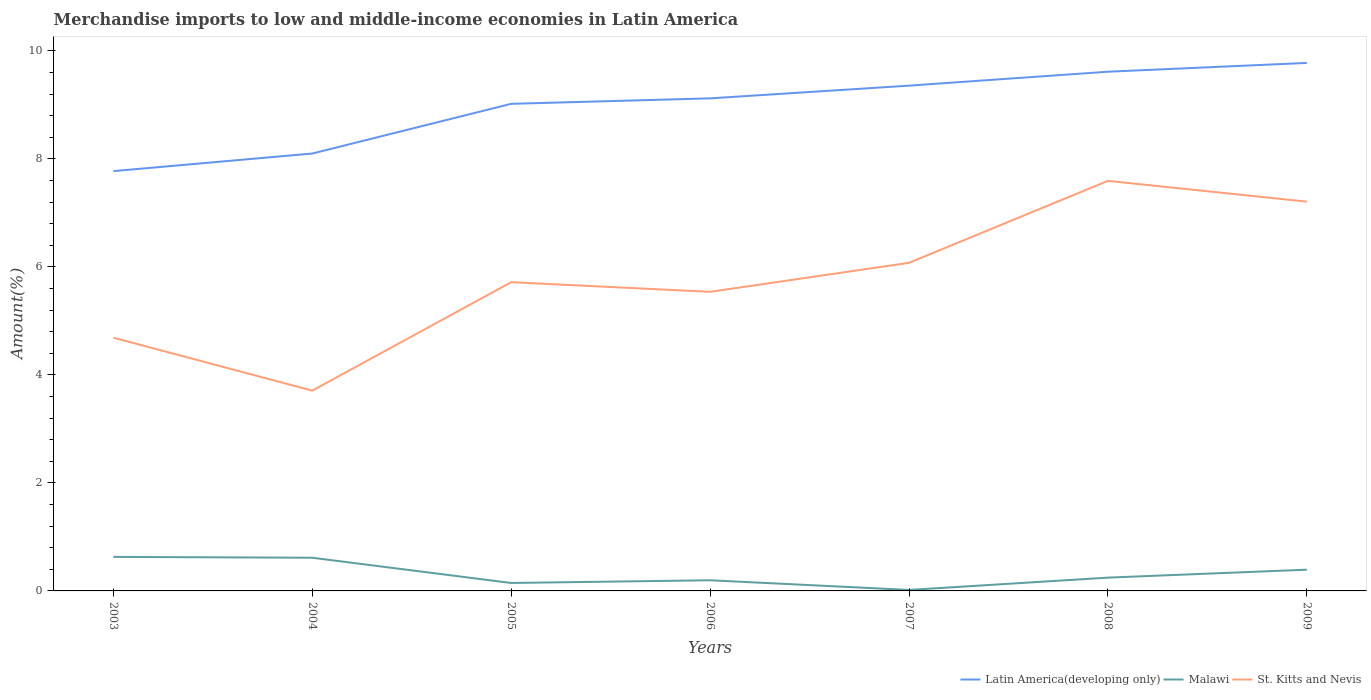
| Years | Latin America(developing only) | Malawi | St. Kitts and Nevis |
 | --- | --- | --- | --- |
 | 2003 | 7.77 | 0.63 | 4.69 |
 | 2004 | 8.1 | 0.614 | 3.71 |
 | 2005 | 9.02 | 0.147 | 5.72 |
 | 2006 | 9.12 | 0.197 | 5.54 |
 | 2007 | 9.36 | 0.0182 | 6.08 |
 | 2008 | 9.61 | 0.246 | 7.59 |
 | 2009 | 9.78 | 0.393 | 7.21 |